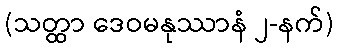
(သတ္ထာ ဒေဝမနုဿာနံ ၂-နက်)